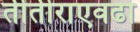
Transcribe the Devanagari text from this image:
तीतीराएवढा